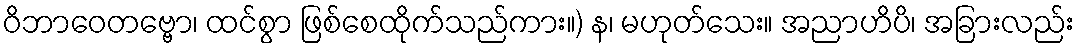
ဝိဘာဝေတဗ္ဗော၊ ထင်စွာ ဖြစ်စေထိုက်သည်ကား။) န၊ မဟုတ်သေး။ အညာဟိပိ၊ အခြားလည်း